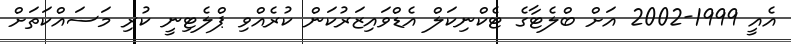
އެއީ 1999-2002 އަށް ބްލެޓާގެ ޓެކްނިކަލް އެޑްވައިޒަރުކަން ކުރެއްވި ޕްލެޓިނީ ކުރި މަސައްކަތަށް